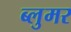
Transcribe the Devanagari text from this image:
ब्लुमर